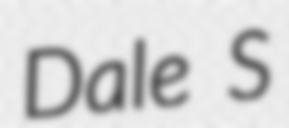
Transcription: Dale S